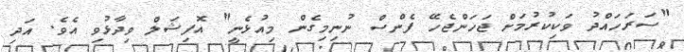
"ސަރަހައްދު ވަކިކުރުމަށް ޖަހަންޖެހޭ ފެންސް ނުނިމިގެން މިއުޅެނީ" އޮފިޝަލް ވިދާޅުވި އެވެ. އަދި